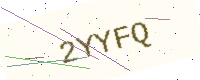
Text: 2YYFQ